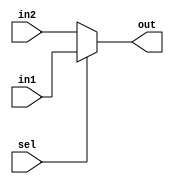
module Mux2(
in1,
in2,
sel,
out
);
input [7:0] in1;
input [7:0] in2;
input sel;
output reg [7:0] out;
always@ (*) 
	begin
		if(sel == 1)
			out <= in1; 
		else
			out <= in2;
	end
endmodule